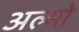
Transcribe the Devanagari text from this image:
अल्मो